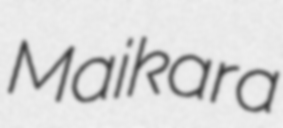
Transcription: Maikara